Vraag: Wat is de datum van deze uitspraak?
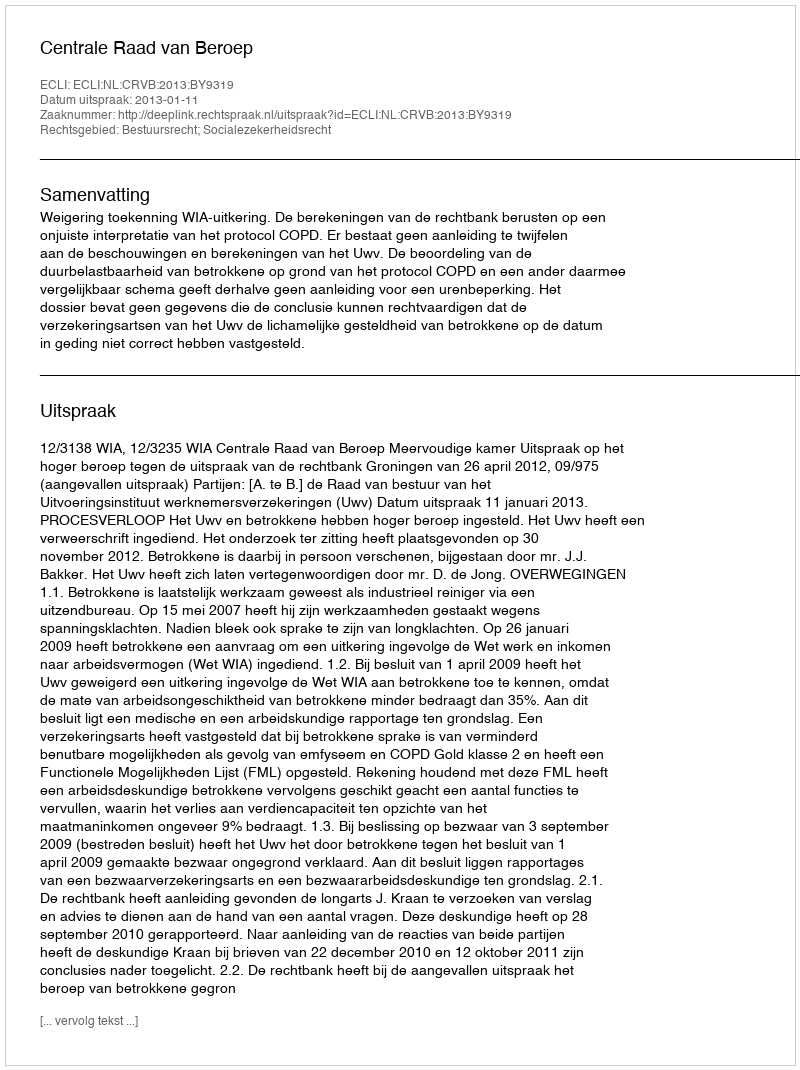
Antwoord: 2013-01-11